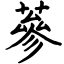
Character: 蔘